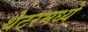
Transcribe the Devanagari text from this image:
थेटरमध्ये